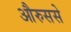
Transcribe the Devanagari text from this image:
औरुससे